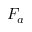
F _ { a }